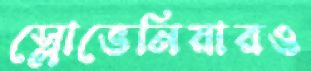
স্লোভেনিয়ারও